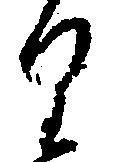
り